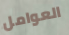
العوامل